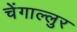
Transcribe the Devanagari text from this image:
चेंगाल्लुर